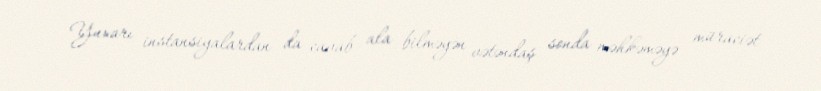
Yuxarı instansiyalardan da cavab ala bilməyən vətəndaş sonda məhkəməyə müraciət